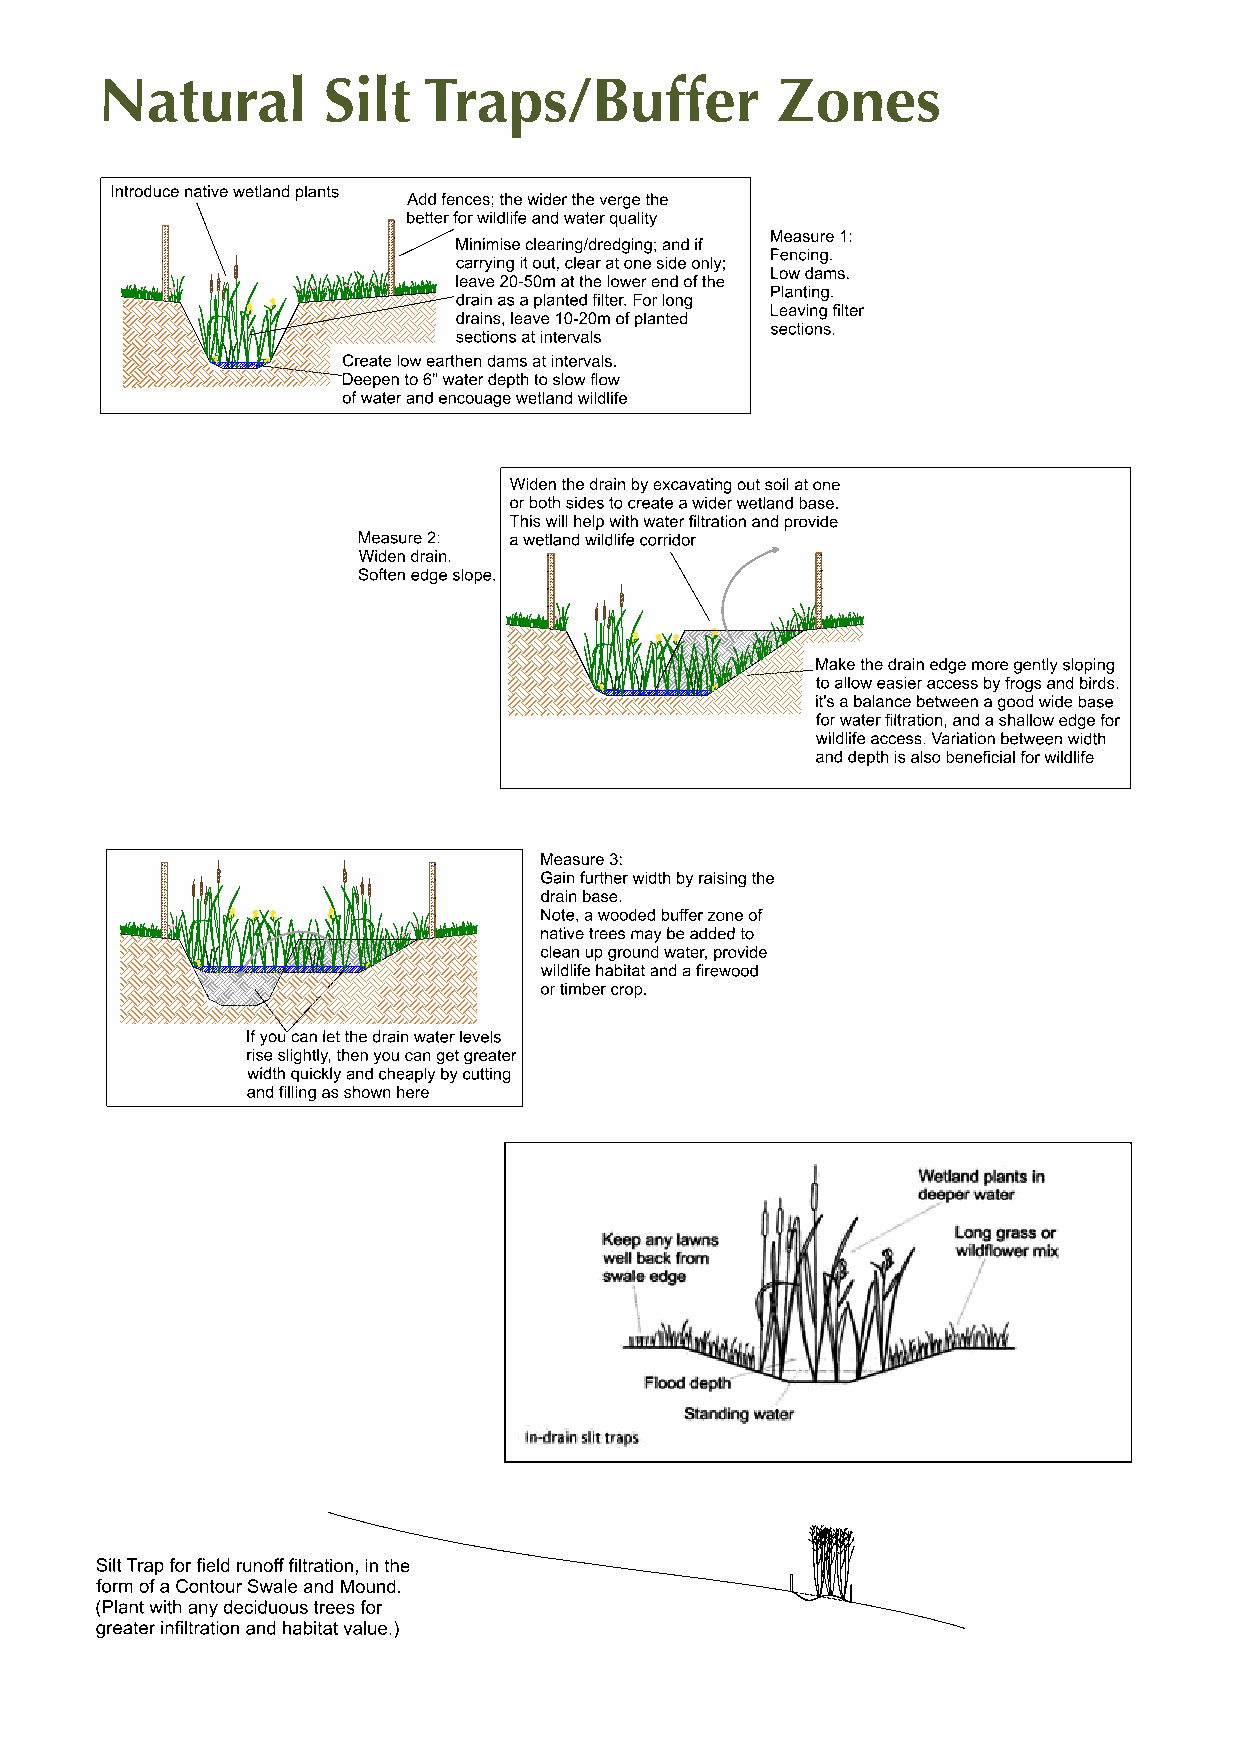
Natural       Silt   Traps/Buffer           Zones